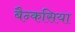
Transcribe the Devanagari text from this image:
बैन्कसिया